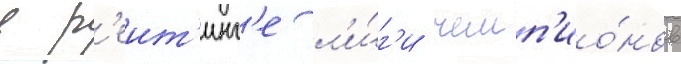
в р'еит'инг'е л'и́г'и чемп'ио́нов